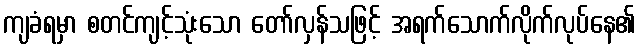
ကျခံရမှာ စတင်ကျင့်သုံးသော တော်လှန်သဖြင့် အရက်သောက်လိုက်လုပ်နေ၏